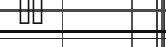
٥٥